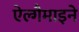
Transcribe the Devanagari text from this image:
ऐल्गैमाइने